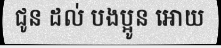
ជូន ដល់ បងប្អូន អោយ